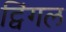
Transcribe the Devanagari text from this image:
ट्विंगल